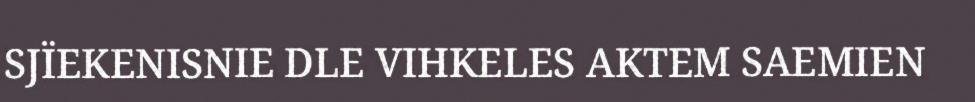
SJÏEKENISNIE DLE VIHKELES AKTEM SAEMIEN